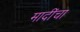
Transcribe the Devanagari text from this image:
मादींचा